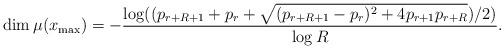
LaTeX: \begin{align*}\dim \mu (x_{\max })=-\frac{\log ((p_{r+R+1}+p_{r}+\sqrt{(p_{r+R+1}-p_{r})^{2}+4p_{r+1}p_{r+R}})/2)}{\log R}. \end{align*}